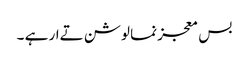
بس معجز نما لوشن تےار ہے ۔